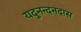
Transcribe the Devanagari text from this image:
यदुनन्दनदास